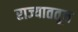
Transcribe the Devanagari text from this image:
राज्याततून